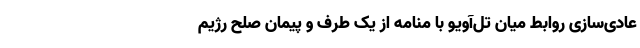
عادی‌سازی روابط میان تل‌آویو با منامه از یک طرف و پیمان صلح رژیم